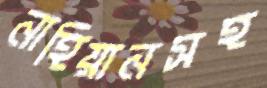
নাহিয়ানসহ